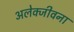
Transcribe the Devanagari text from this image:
अलेक्जीवना